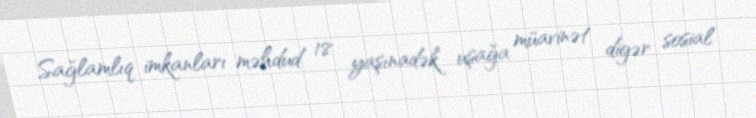
Sağlamlıq imkanları məhdud 18 yaşınadək uşağa müavinət digər sosial